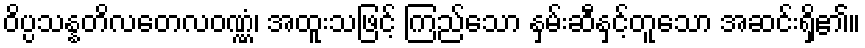
ဝိပ္ပသန္နတိလတေလဝဏ္ဏံ၊ အထူးသဖြင့် ကြည်သော နှမ်းဆီနှင့်တူသော အဆင်းရှိ၏။